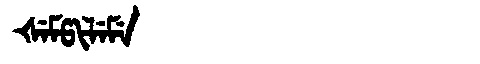
Manchu: ᡧᡝᠮᡦᡳᠯᡝᠮᡝ
Romanization: ŠEMPILEME